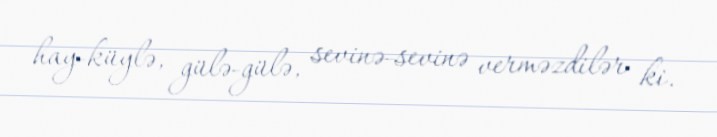
hay-küylə, gülə-gülə, sevinə-sevinə verməzdilər ki.